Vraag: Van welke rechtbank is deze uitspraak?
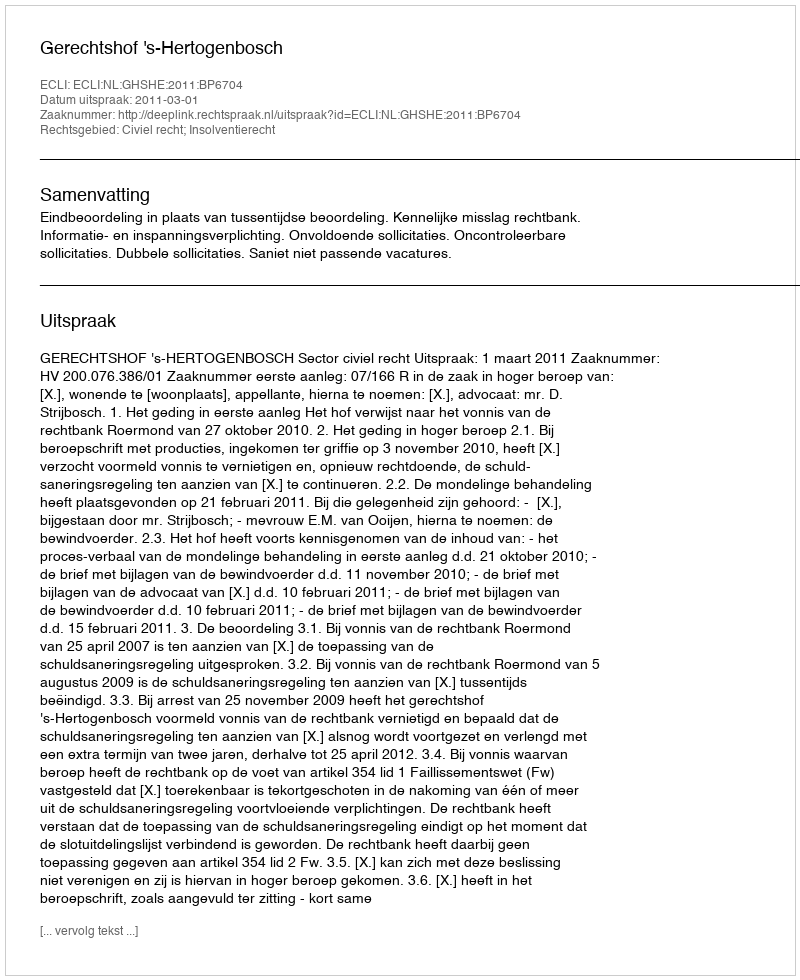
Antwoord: Gerechtshof 's-Hertogenbosch